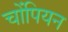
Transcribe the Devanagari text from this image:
चोंपियन